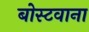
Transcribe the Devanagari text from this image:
बोस्टवाना